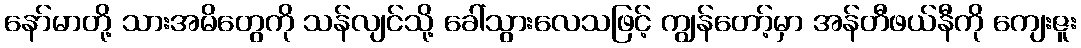
နော်မာတို့ သားအမိတွေကို သန်လျင်သို့ ခေါ်သွားလေသဖြင့် ကျွန်တော့်မှာ အန်တီဖယ်နီကို ကျေးဇူး